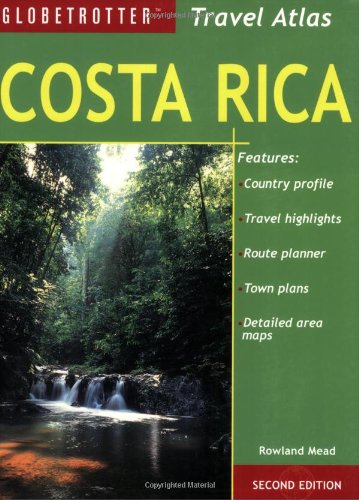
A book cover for Costa Rica Travel Atlas (Globetrotter Travel Atlas); Rowland Mead; Travel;